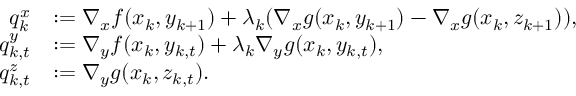
\begin{array} { r l } { q _ { k } ^ { x } } & { : = \nabla _ { x } f ( x _ { k } , y _ { k + 1 } ) + \lambda _ { k } ( \nabla _ { x } g ( x _ { k } , y _ { k + 1 } ) - \nabla _ { x } g ( x _ { k } , z _ { k + 1 } ) ) , } \\ { q _ { k , t } ^ { y } } & { : = \nabla _ { y } f ( x _ { k } , y _ { k , t } ) + \lambda _ { k } \nabla _ { y } g ( x _ { k } , y _ { k , t } ) , } \\ { q _ { k , t } ^ { z } } & { : = \nabla _ { y } g ( x _ { k } , z _ { k , t } ) . } \end{array}